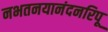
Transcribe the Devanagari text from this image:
नभतनयानंदनरिपू